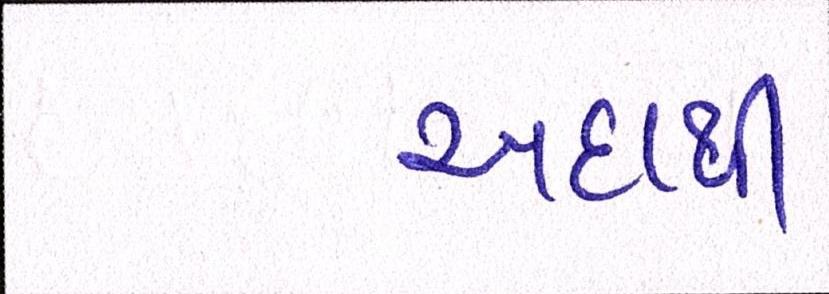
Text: અદાથી